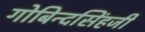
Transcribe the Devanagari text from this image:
गोबिन्दसिंहजी